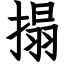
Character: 搨